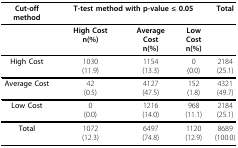
| Cut-off method | <COLSPAN=3> T-test method with p-value ≤ 0.05 | Total |
 | --- | --- | --- | --- | --- |
 |  | High Costn(%) | Average Costn(%) | Low Costn(%) |  |
 | High Cost | 1030(11.9) | 1154(13.3) | 0(0.0) | 2184(25.1) |
 | Average Cost | 42(0.5) | 4127(47.5) | 152(1.8) | 4321(49.7) |
 | Low Cost | 0(0.0) | 1216(14.0) | 968(11.1) | 2184(25.1) |
 | Total | 1072(12.3) | 6497(74.8) | 1120(12.9) | 8689(100.0) |